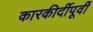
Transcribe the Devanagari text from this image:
कारकीर्दीपूर्वी